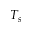
T _ { s }